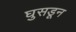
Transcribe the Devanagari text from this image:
घुसडून